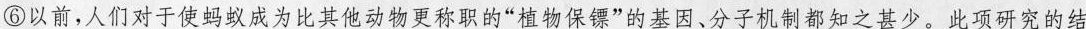
⑥以前，人们对于使蚂蚁成为比其他动物更称职的”植物保镖”的基因、分子机制都知之甚少。此项研究的结